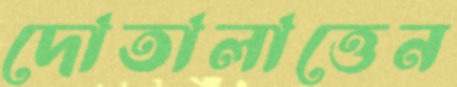
দোতালাত্তেন